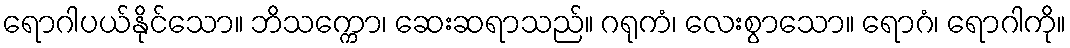
ရောဂါပယ်နိုင်သော။ ဘိသက္ကော၊ ဆေးဆရာသည်။ ဂရုကံ၊ လေးစွာသော။ ရောဂံ၊ ရောဂါကို။